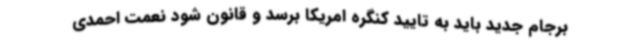
برجام جدید باید به تایید کنگره امریکا برسد و قانون شود نعمت احمدی